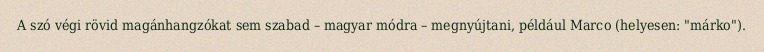
A szó végi rövid magánhangzókat sem szabad – magyar módra – megnyújtani, például Marco (helyesen: "márko").